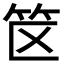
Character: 𬔯